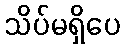
သိပ်မရှိပေ